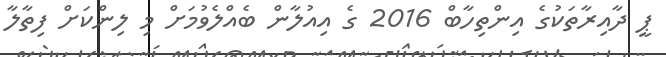
ޕީ ދާއިރާތަކުގެ އިންތިހާބް 2016 ގެ އިއުލާން ބެއްލެވުމަށް މި ލިންކަށް ފިތާލާ